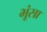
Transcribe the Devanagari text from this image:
भूंसा